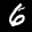
Label: 6